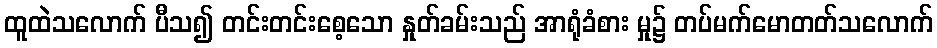
ထူထဲသလောက် ပီသ၍ တင်းတင်းစေ့သော နှုတ်ခမ်းသည် အာရုံခံစား မှု၌ တပ်မက်မောတတ်သလောက်